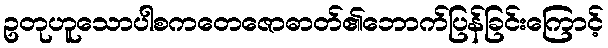
ဥတုဟူသောပါစကတေဇောဓာတ်၏ဘောက်ပြန်ခြင်းကြောင့်